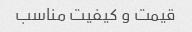
قیمت و کیفیت مناسب